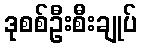
ဒုစစ်ဦးစီးချုပ်